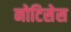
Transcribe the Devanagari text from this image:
नोटिसेस